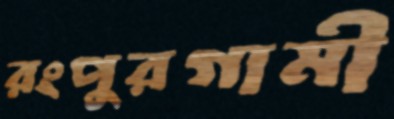
রংপুরগামী